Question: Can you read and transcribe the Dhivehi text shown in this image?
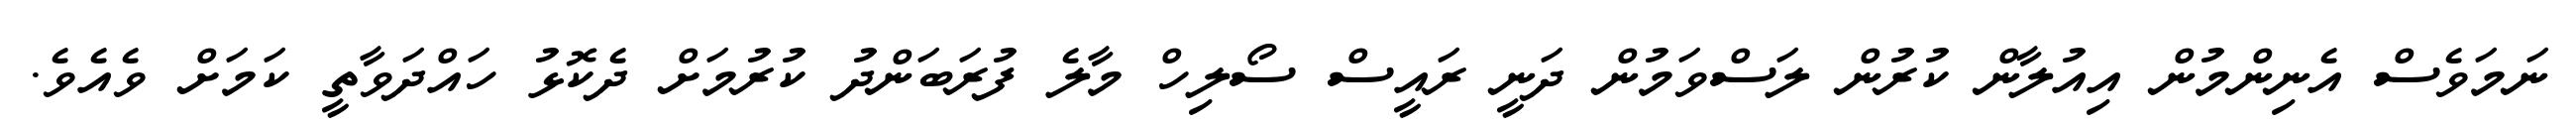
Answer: ނަމަވެސް އެނިންމުން އިއުލާން ކުރުން ލަސްވަމުން ދަނީ ރައީސް ސޯލިހް މާލެ ފުރަބަންދު ކުރުމަށް ދެކޮޅު ހައްދަވާތީ ކަމަށް ވެއެވެ.